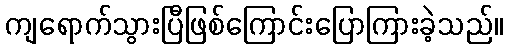
ကျရောက်သွားပြီဖြစ်ကြောင်းပြောကြားခဲ့သည်။